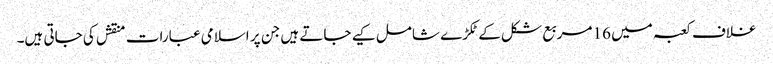
غلاف کعبہ میں 16 مربع شکل کےٹکڑے شامل کیے جاتے ہیں جن پر اسلامی عبارات منقش کی جاتی ہیں۔